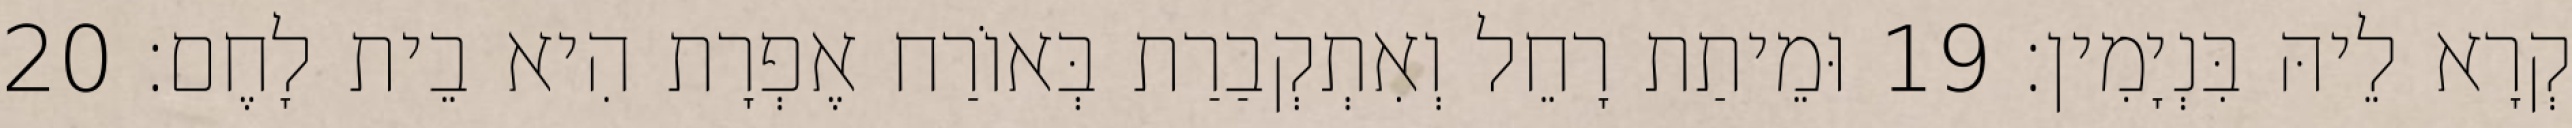
קְרָא לֵיהּ בִּנְיָמִין׃ 19 וּמֵיתַת רָחֵל וְאִתְקְבַרַת בְּאוֹרַח אֶפְרָת הִיא בֵית לָחֶם׃ 20